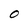
Character: 0